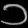
Digit: ၁